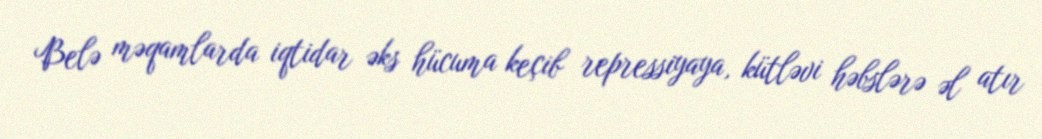
Belə məqamlarda iqtidar əks hücuma keçib repressiyaya, kütləvi həbslərə əl atır